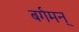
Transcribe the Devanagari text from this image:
बर्गमन्‌